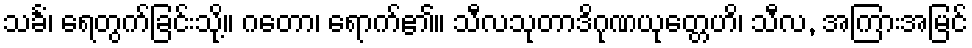
သင်္ခံ၊ ရေတွက်ခြင်းသို့။ ဂတော၊ ရောက်၏။ သီလသုတာဒိဂုဏယုတ္တေဟိ၊ သီလ, အကြားအမြင်